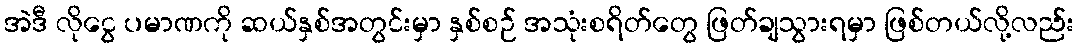
အဲဒီ လိုငွေ ပမာဏကို ဆယ်နှစ်အတွင်းမှာ နှစ်စဉ် အသုံးစရိတ်တွေ ဖြတ်ချသွားရမှာ ဖြစ်တယ်လို့လည်း